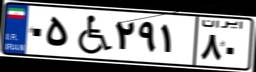
۰۵W۲۹۱۸۰